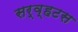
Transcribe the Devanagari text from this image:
सर्व्हटस